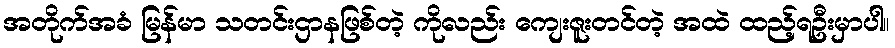
အတိုက်အခံ မြန်မာ သတင်းဌာနဖြစ်တဲ့ ကိုလည်း ကျေးဇူးတင်တဲ့ အထဲ ထည့်ရဦးမှာပါ။